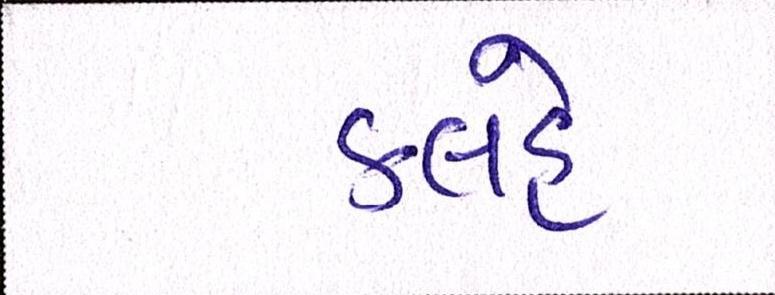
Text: કલહે